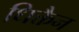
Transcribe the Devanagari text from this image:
धिक्तैन